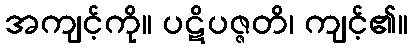
အကျင့်ကို။ ပဋိပဇ္ဇတိ၊ ကျင့်၏။